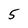
Character: 5